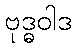
ဗုဒ္ဓဝါဒ